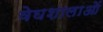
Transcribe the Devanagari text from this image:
वेघशालाओं